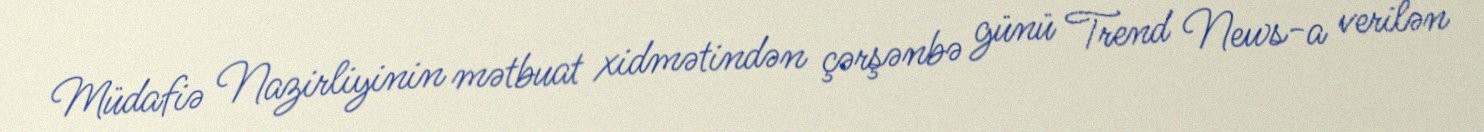
Müdafiə Nazirliyinin mətbuat xidmətindən çərşənbə günü Trend News-a verilən